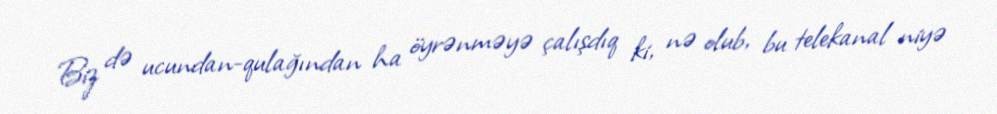
Biz də ucundan-qulağından ha öyrənməyə çalışdıq ki, nə olub, bu telekanal niyə